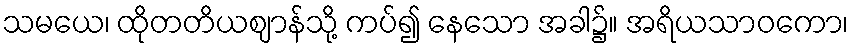
သမယေ၊ ထိုတတိယဈာန်သို့ ကပ်၍ နေသော အခါ၌။ အရိယသာဝကော၊